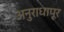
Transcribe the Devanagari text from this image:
अनुराधापूर